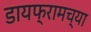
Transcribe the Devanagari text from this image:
डायफ्रामच्या